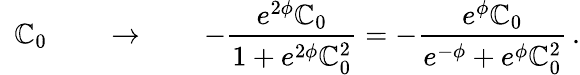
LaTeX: \, \, \, \mathbb{C}_{0}\qquad\rightarrow\qquad-\frac{{e^{2\phi}\mathbb{C}_{0}}}{{1+e^{2\phi}\mathbb{C}_{0}^{2}}}=-\frac{{e^{\phi}\mathbb{C}_{0}}}{{e^{-\phi}+e^{\phi}\mathbb{C}_{0}^{2}}}\, .